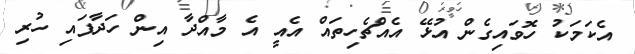
އެކަމަކު ހޮވައިގެން އުޅޭ އެއްޗެހިތައް އެއީ އެ މާއްދާ އިން ހަދާފައި ހުރި